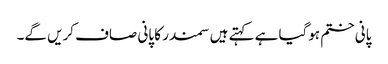
پانی ختم ہوگیا ہے کہتے ہیں سمندر کا پانی صاف کریں گے۔